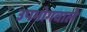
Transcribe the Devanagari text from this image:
उपभोगवाले